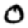
Digit: 0